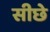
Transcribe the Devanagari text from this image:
सीछे